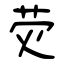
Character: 荧